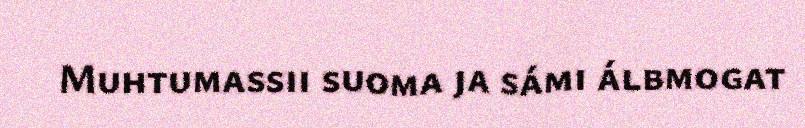
Muhtumassii suoma ja sámi álbmogat